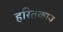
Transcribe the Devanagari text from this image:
हरितकाय